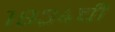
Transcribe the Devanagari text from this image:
१९३४ची